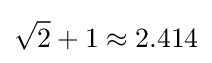
{\sqrt {2}}+1\approx 2.414